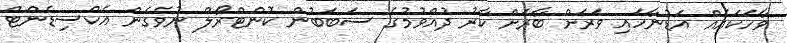
ވާހަކައެއް އަޑުނާހައި ވަރަށް ބާރަށް ކާރު ދުއްވުމުގެ ސަބަބުން ކޮންޓްރޯލް ނުވެގެން އެކްސިޑެންޓް